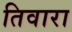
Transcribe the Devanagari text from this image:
तिवारा